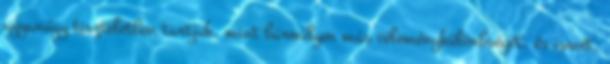
ugyanúgy tiszteletben tartjuk, mint bármilyen más véleménykülönbséget, és ismét,